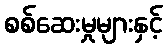
စစ်ဆေးမှုများနှင့်